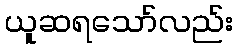
ယူဆရသော်လည်း